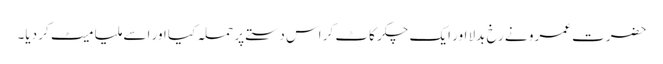
حضرت عمرو نے رخ بدلا اور ایک چکر کاٹ کر اس دستے پر حملہ کیا اور اسے ملیا میٹ کر دیا۔